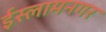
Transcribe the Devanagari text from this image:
ईस्लामनगर